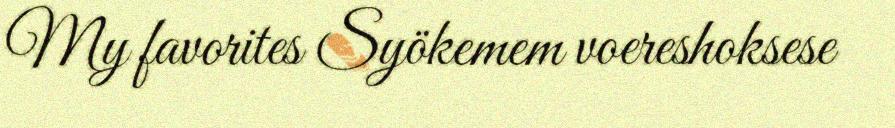
My favorites Syökemem voereshoksese